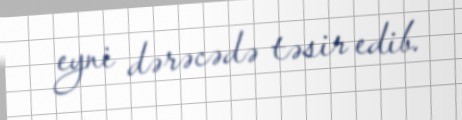
eyni dərəcədə təsir edib.